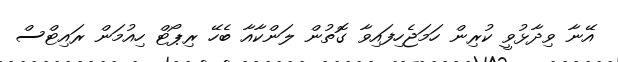
އޭނާ ވިދާޅުވީ ކުރިން ހަމަޖެހިފައިވާ ގޮތުން ލަންކާއާ ބެހޭ ރިޕޯޓް ހިއުމަން ރައިޓްސް